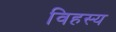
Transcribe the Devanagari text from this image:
विहस्य